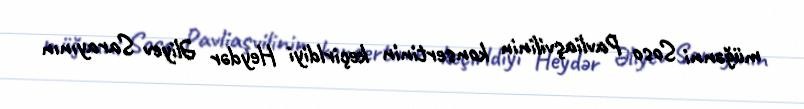
müğənni Soso Pavliaşvilinin konsertinin keçirldiyi Heydər Əliyev Sarayının